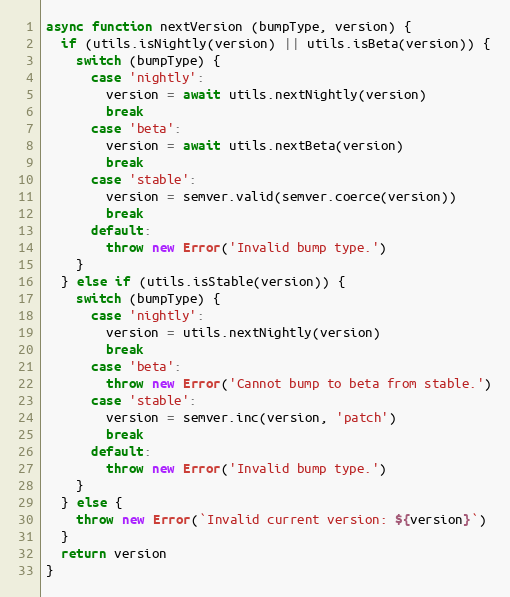
Language: JavaScript
async function nextVersion (bumpType, version) {
  if (utils.isNightly(version) || utils.isBeta(version)) {
    switch (bumpType) {
      case 'nightly':
        version = await utils.nextNightly(version)
        break
      case 'beta':
        version = await utils.nextBeta(version)
        break
      case 'stable':
        version = semver.valid(semver.coerce(version))
        break
      default:
        throw new Error('Invalid bump type.')
    }
  } else if (utils.isStable(version)) {
    switch (bumpType) {
      case 'nightly':
        version = utils.nextNightly(version)
        break
      case 'beta':
        throw new Error('Cannot bump to beta from stable.')
      case 'stable':
        version = semver.inc(version, 'patch')
        break
      default:
        throw new Error('Invalid bump type.')
    }
  } else {
    throw new Error(`Invalid current version: ${version}`)
  }
  return version
}